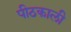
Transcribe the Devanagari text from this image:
पीठकाली